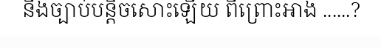
នឹងច្បាប់បន្តិចសោះឡើយ ពីព្រោះអាង ......?